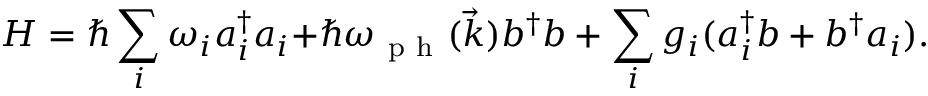
H = \hbar \sum _ { i } { \omega _ { i } a _ { i } ^ { \dagger } a _ { i } + } \hbar \omega _ { \mathrm { ~ p ~ h ~ } } ( \vec { k } ) b ^ { \dagger } b + \sum _ { i } { g _ { i } ( a _ { i } ^ { \dagger } b + b ^ { \dagger } a _ { i } ) } .